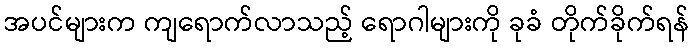
အပင်များက ကျရောက်လာသည့် ရောဂါများကို ခုခံ တိုက်ခိုက်ရန်